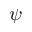
\psi